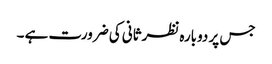
جس پر دوبارہ نظرثانی کی ضرورت ہے ۔